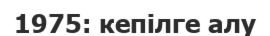
1975: кепілге алу